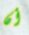
أن